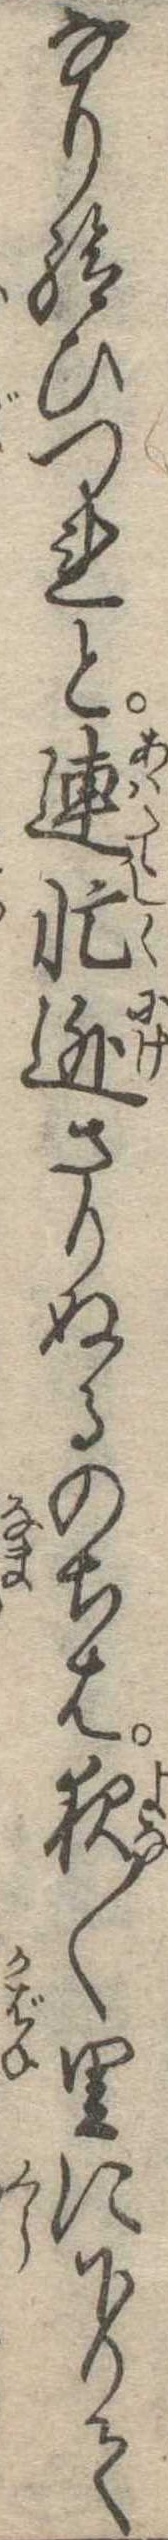
なり給ひつれと連忙逃さりぬるのちは夜〱里に下りて